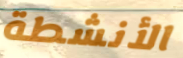
الأنشطة